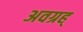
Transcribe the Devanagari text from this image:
अवग्रह्